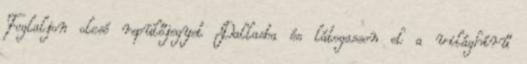
Foglaljon olcsó repülőjegyet Dallasba és látogasson el a világhírű